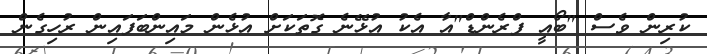
ކުރިން ވެސް "ބޯއީ ފްރެންޑް"އާ އެކު އުޅޭނެ ގޮތަކަށް އުޅެން މައިންބަފައިން ރުހިގެން